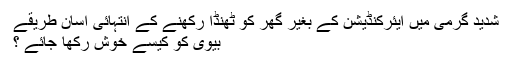
شدید گرمی میں ایئرکنڈیشن کے بغیر گھر کو ٹھنڈا رکھنے کے انتہائی آسان طریقے
بیوی کو کیسے خوش رکھا جائے ؟